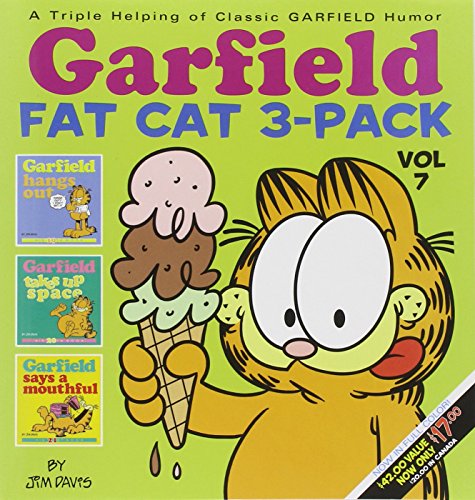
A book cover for Garfield Fat Cat 3-Pack #7; Jim Davis; Humor & Entertainment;